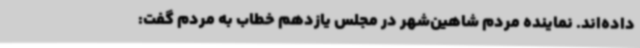
داده‌اند. نماینده مردم شاهین‌شهر در مجلس یازدهم خطاب به مردم گفت: